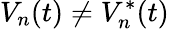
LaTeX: V_{n}(t)\neq V_{n}^{*}(t)